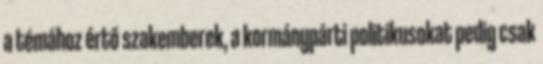
a témához értő szakemberek, a kormánypárti politikusokat pedig csak